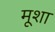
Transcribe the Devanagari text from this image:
मूशा